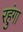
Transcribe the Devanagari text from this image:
रहुंगा